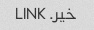
خیر. LINK